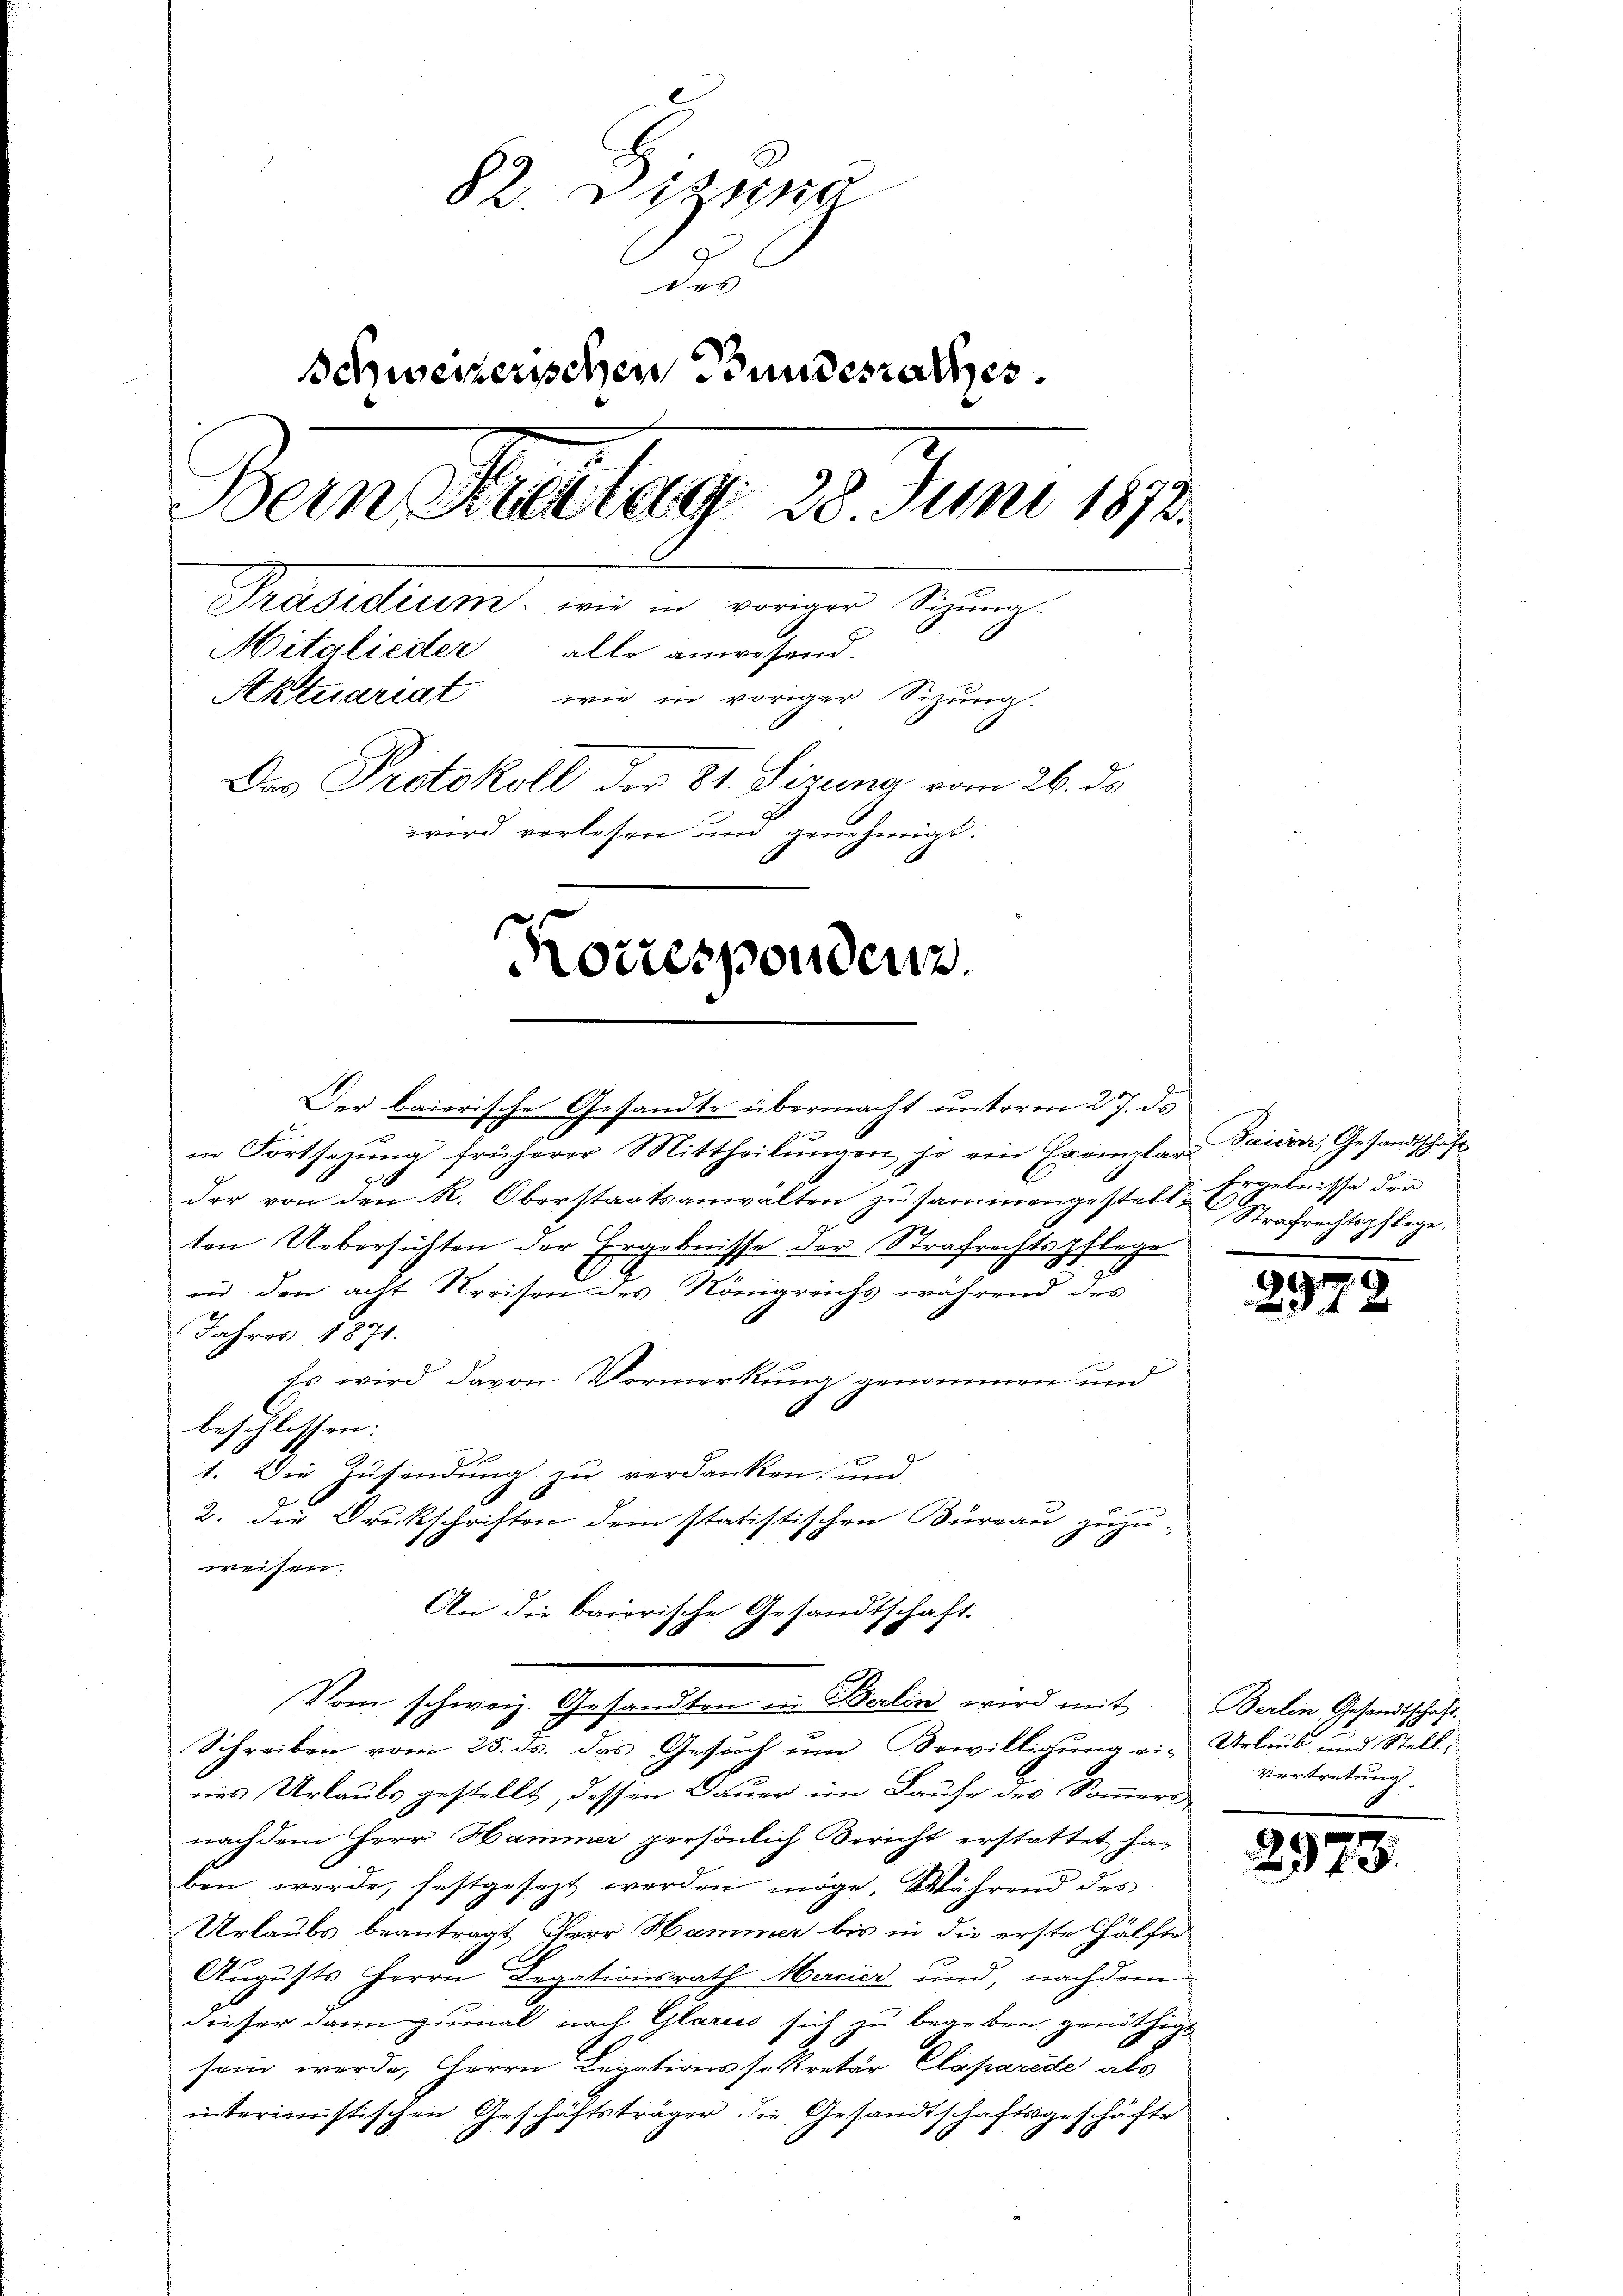
82. Diezing
des
t
Schweizerischen Bundesrathes.
Bern Maitag 28. Juni 1872.
Präsidium wie in voriger Sizung.
Mitglieder alle anwesend.
Aktuariat wie in voriger Sizŭng.
Das Protokoll der 81. Sizung vom 26. ds.
wird verlesen und genehmigt.

Korresponden.

Der baierische Gesandte übermacht unterm 27. ds.
in Fortsetzŭng früherer Mittheilŭngen je ein Exemplar Baiern, Gesandtschaft
der von den R. Oberstaatsanwalten zusammengestell-Strafrechtspflege.
ton Uebersichten der Ergebnisse der Strafrechtspflege
in den acht Kreisen des Königreichs während des
Jahres 1871.
Es wird davon Vormerkung genommen und
beschlossen:
1. Die Zusendung zu verdanken, und
2. Die Drukschriften dem statistischen Büreau zuzu-
weisen.
An die baierische Gesandtschaft.

Vom schweiz. Gesandten in Berlin wird mit Berlin Gesandtschaft

Schreiben vom 25. ds. das Gesuch um Bewilligung ei-Urlaub und Stellnes Urlaubs gestellt, dessen Dauer im Laufe des Sommers
nach dem Herr Hammer persönlich Bericht erstattet haben werde, festgesezt werden möge. Während des
Urlaubs beantragt, Herr Hammer bis in die erste Hälfte
Augusts Herrn Legationsrath Mercier und, nachdem
dieser dann zumal nach Glarus sich zu begeben genöthigt
sein werde, Herrn Legationssekretär Claparede als
interimistischen Geschäftsträger die Gesandtschaftsgeschäfte

Ergebnisse der
b

d. 1
 x

Vertretung

29

8